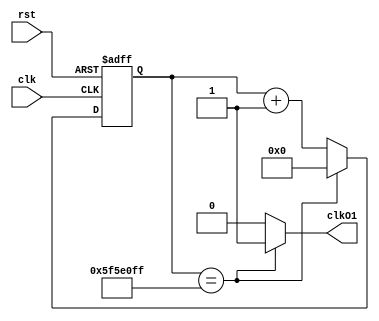
`timescale 1ns / 1ps


module one_second#(
    parameter MAX=99999999      
    )
    (
    input clk,rst,
    output clkO1 
    );
    
    reg [26:0]tmp;
    
    always@(posedge clk,posedge rst)
    begin
    if(rst)
    tmp<=0;
    else if(tmp==MAX)
    tmp<=0;
    else
    tmp<=tmp+1;
    end
    
    assign clkO1=(tmp==MAX)?1'b1:1'b0;
    
endmodule